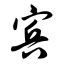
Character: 宾